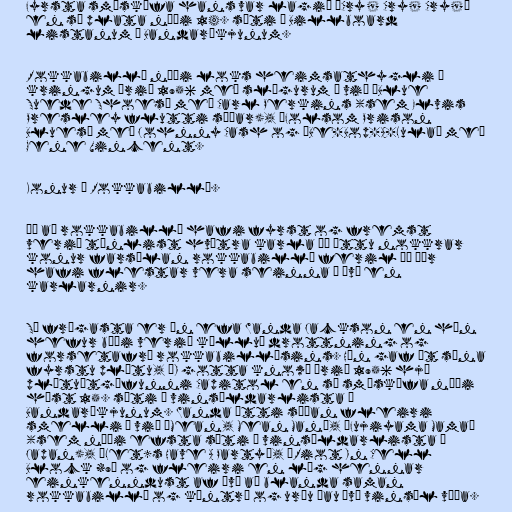
Fyrsta smáskífa hans var lagið „Cry! Cry! Cry!“
en sú plata náði 14. sæti á Billboard
listanum í Bandaríkjunum.

Rokkabillí náði loks heimsathygli í
kringum árið 1956 með slögurum á við „Blue
Suede Shoes“ með Carl Perkins (sem Elvis
Presley flutti síðar), „Folsom Prison
Blues“ með Johnny Cash og „Be-Bop-A-Lula“ með
Gene Vincent.

Konur í Rokkabillí.

Þó að rokkabillí hafi fyrst og fremst
verið tónlist hvítra karla þá áttu nokkrar
konur farsælan rokkabillí feril þó þær
hafi flestar vera seinna í því en
karlarnir.

Sú frægasta er án efa Wanda Jackson en hún
hefur bæði verið kölluð drottning og
forsetafrú rokkabillísins. Hún gaf út sína
fyrstu plötu, „I gotta know“ árið 1956 hjá
plötuútgáfunni Capitol en sú smáskífa náði
hæst 15. sæti á vinsældarlista í
Bandaríkjunum. Wanda átti síðan fleiri
smelli á við „Mean, Mean Man“, „Fujiyama Mama“
(sem náði efsta sæti á vinsældarlista í
Japan), „Let’s Have A Party“, „Riot In Cell
Block #9“ og fleiri en lög hennar
einkenndust af því að blanda saman
rokkabillí og kántrí og urðu þau því vinsæl víða.